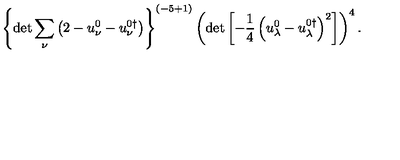
\left\{ \det \sum _ { \nu } \left( 2 - u _ { \nu } ^ { 0 } - u _ { \nu } ^ { 0 \dagger } \right) \right\} ^ { ( { - 5 + 1 } ) } \left( \det \left[ - \frac 1 4 \left( u _ { \lambda } ^ { 0 } - u _ { \lambda } ^ { 0 \dagger } \right) ^ { 2 } \right] \right) ^ { 4 } .